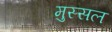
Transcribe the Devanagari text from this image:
मुस्सल